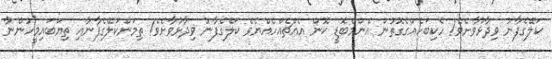
ކަލޭގެފާނު ވިދާޅުވާށެވެ! ހެކިބަހެއްގެގޮތުން އެންމެބޮޑީ ކޮން އެއްޗެއްހެއްޔެވެ ކަލޭގެފާނު ވިދާޅުވާށެވެ! ތިމަންކަލޭގެފާނާއި ތިޔަބައިމީހުންނާ